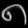
Digit: ၈